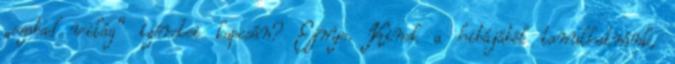
„szabad világ” ígéretei kapcsán? Ejnye. Kinek a hibájából tanulhatnánk,